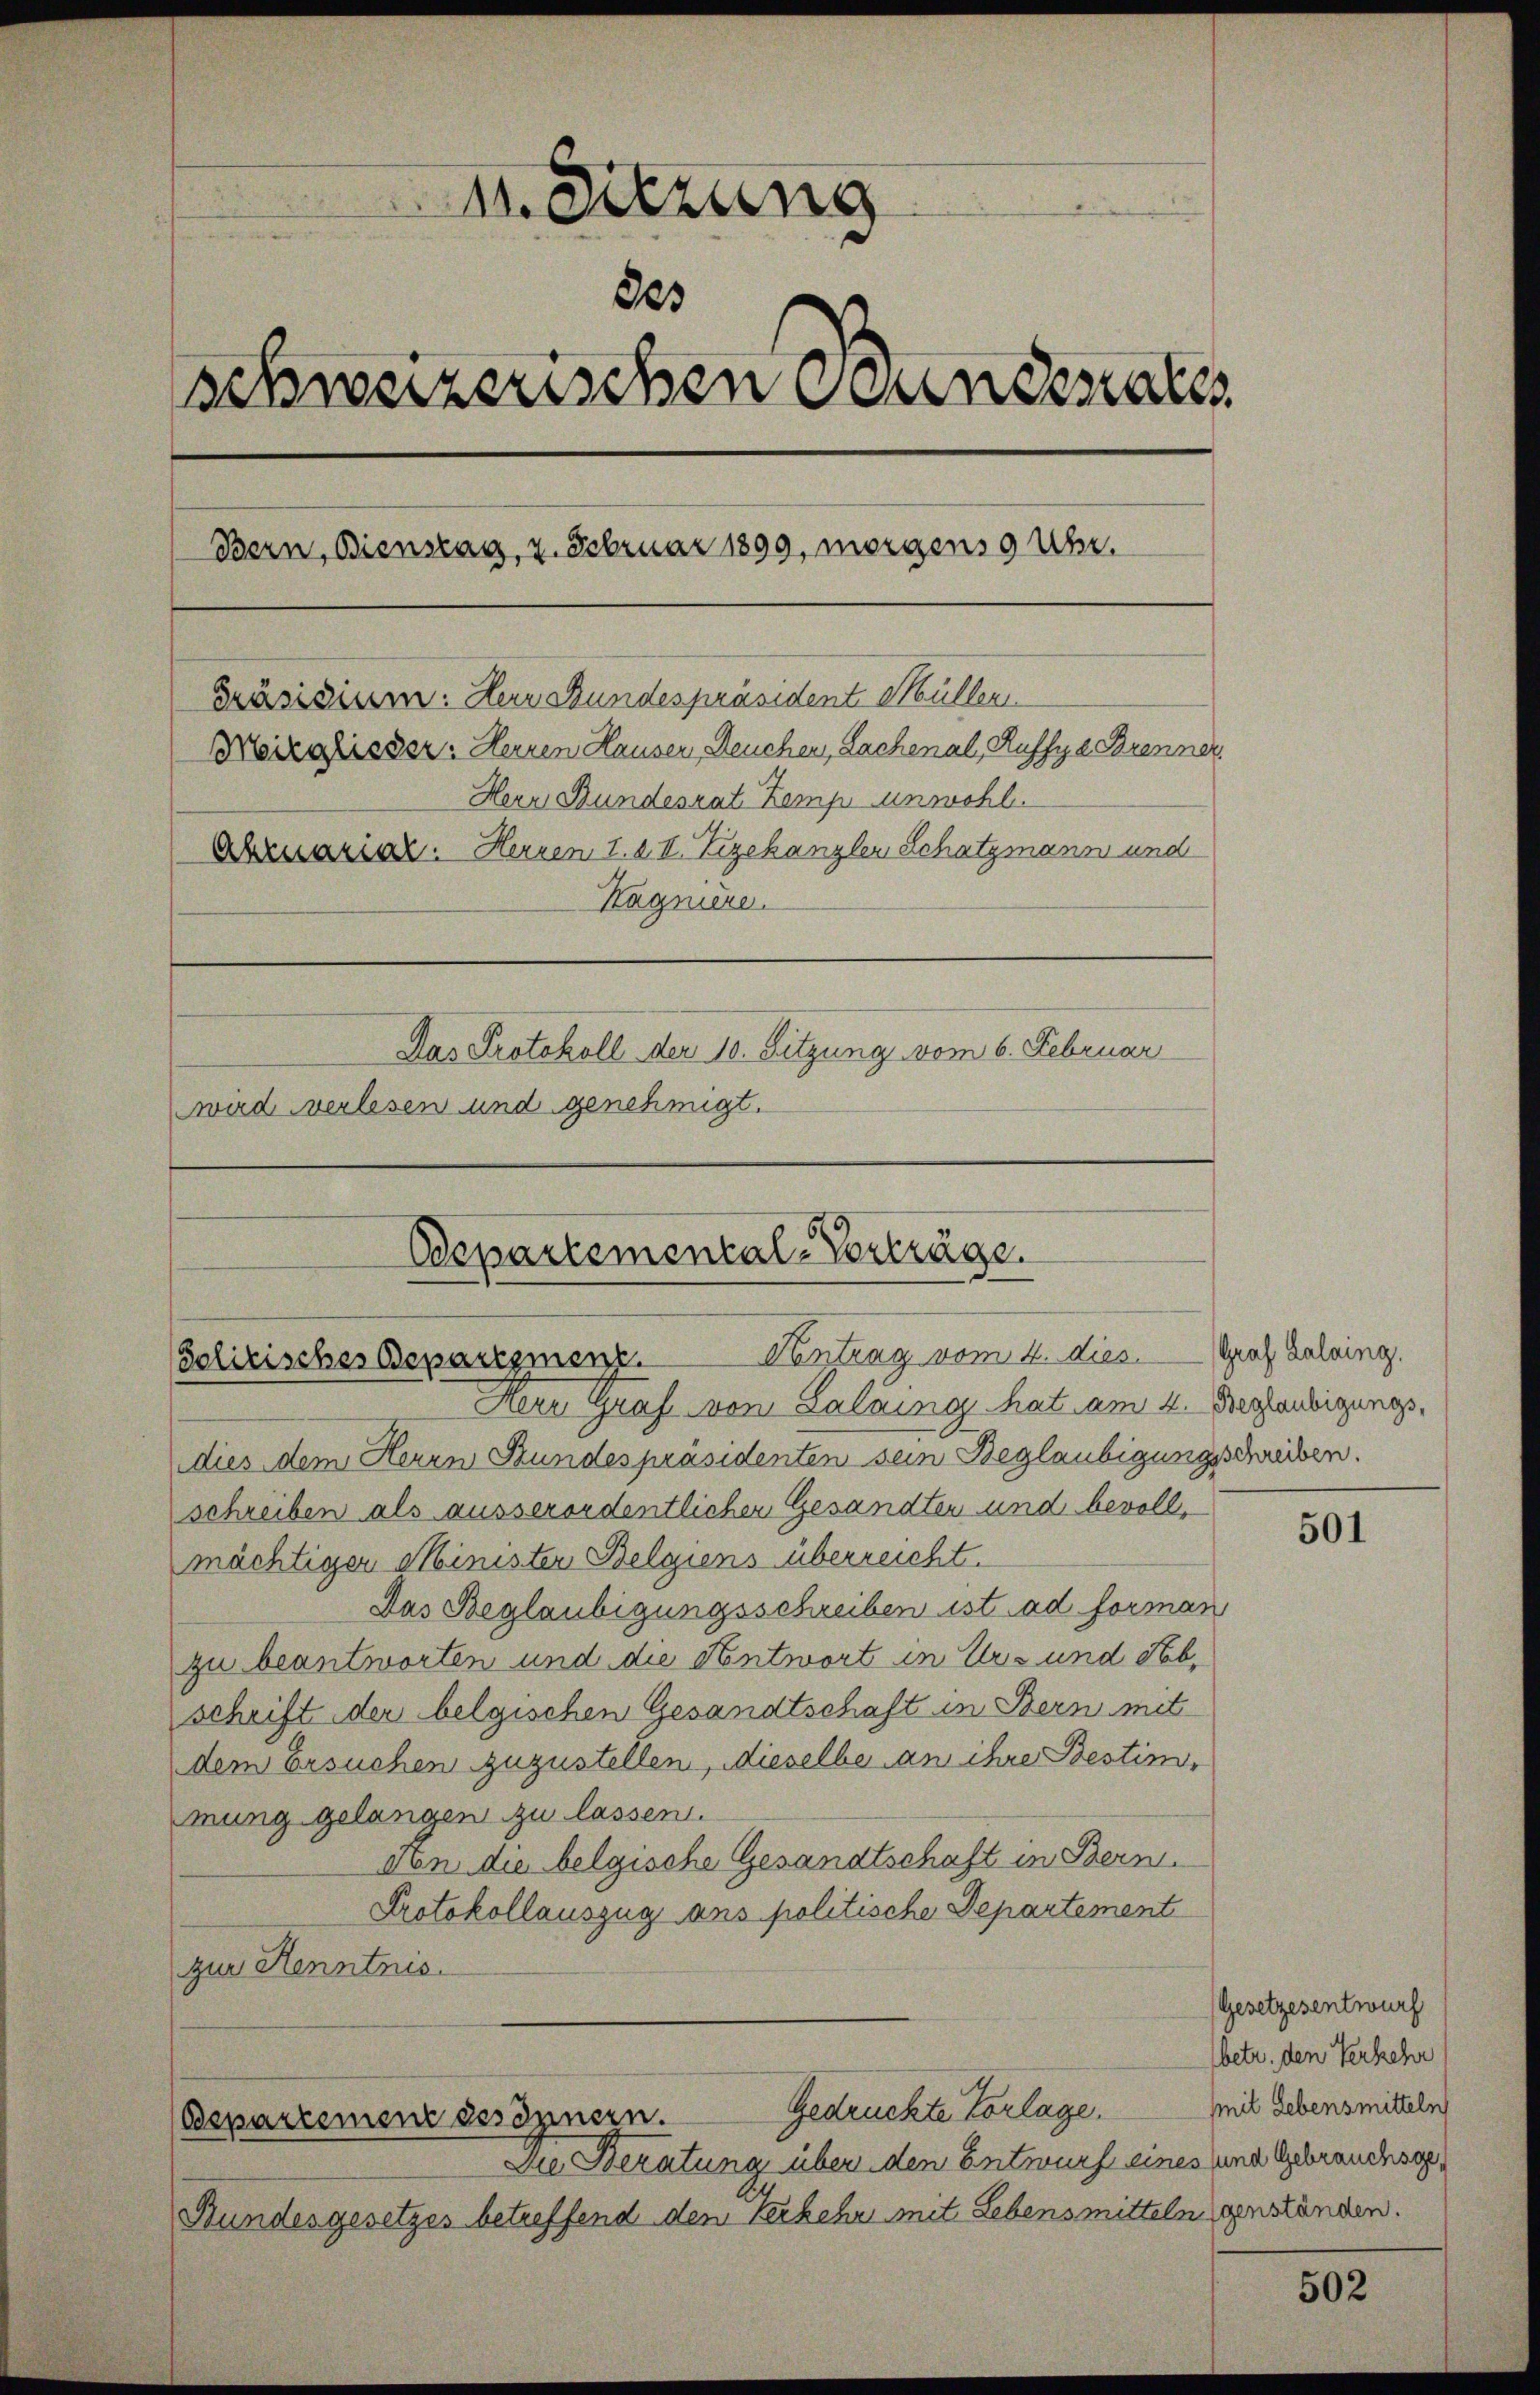
dierung
223
schweizerischen Bundesrates
Bern, Bienstag, 7. Februar 1899, morgens 9 Uhr.
Präsidium. Herr Bundespräsident Müller
Moizahisser: Herren Hauser, Deuchen, Sachenal, Ruffye Brenner,
Herr Bundesrat Zemp unwohl.
Abruarial. Herren 1. 2. II. Zigechanzler Schatzmann und
Hagnière.
Das Protokoll der 10. Sitzung vom 6. Februar
wird verlesen und genehmigt.

Departemental-Vorträge.
(Golirisches Beparezmenz. Vertrag vom 2. dies. Graf Zaling.

Gedrückte Vorlage.
Departement des Innern.

Herr Graf von Lalains hat am 4. Bezaubigungsdies dem Herrn Stundespräsidenten sein Beglaubigungsschreiben.
schreiben als ausserordentlichen Gesandten und bevoll,
mächtiger Minister Belgiens überreicht.
Das Beglaubigungsschreiben ist ad forman
zu beantworten und die Antwort in Uris und Fabschrift der belgischen Gesandtschaft in Bern mit
dem Ersuchen zuzustellen, dieselbe an ihre Bestimmung gelangen zu lassen.
Non die belgische Gesandtschaft in Bern.
Protokollauszug ans politische Departement
zur Kenntnis.

Die Beratung über den Entwurf eines und Gebrauchsag¬
Bundesgesetzes betreffend den Verkehr mit Lebensmittelngenständen.

501

(Gesetzesentwurf
betr. den Verkehr
il Lebensmitteln

502